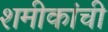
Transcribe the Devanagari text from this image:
शमीकांची